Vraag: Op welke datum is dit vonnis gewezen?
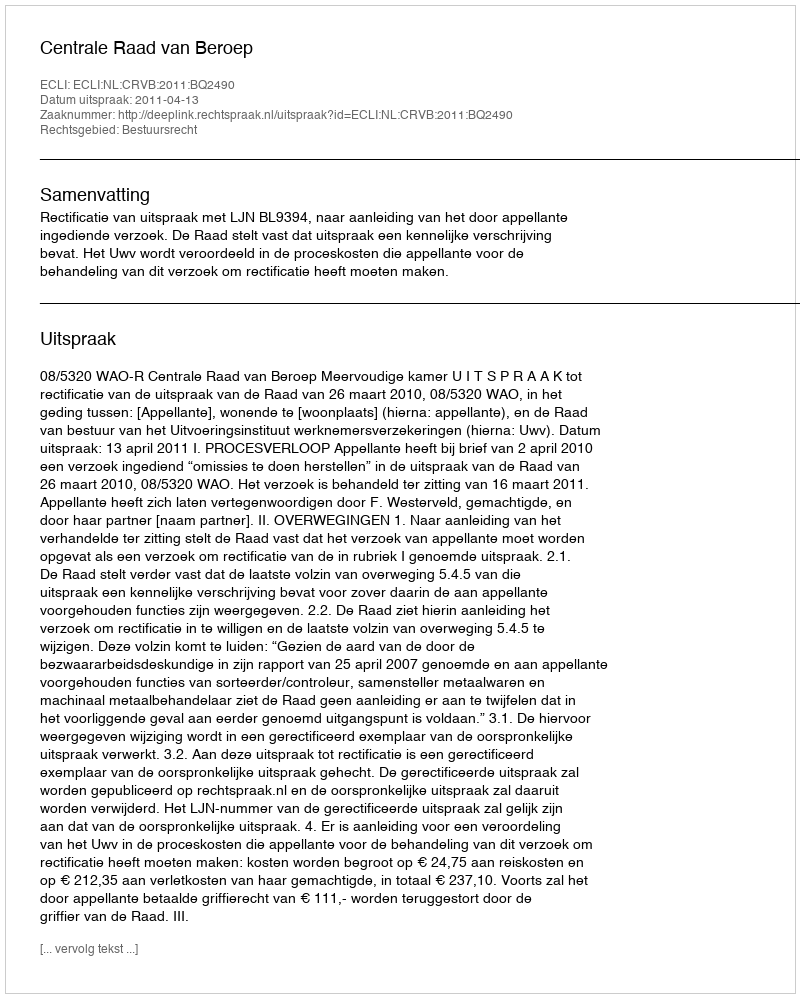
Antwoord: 2011-04-13